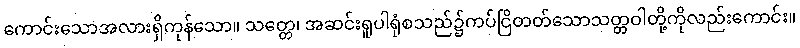
ကောင်းသောအလားရှိကုန်သော။ သတ္တေ၊ အဆင်းရူပါရုံစသည်၌ကပ်ငြိတတ်သောသတ္တဝါတို့ကိုလည်းကောင်း။